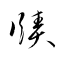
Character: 賾